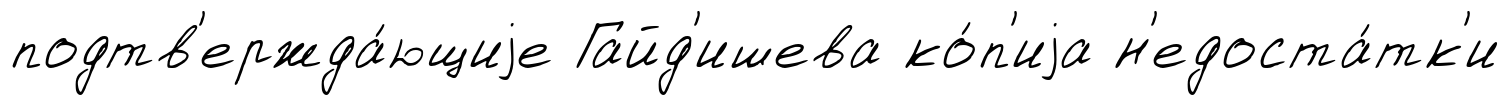
подтв'ержда́ющиjе Гайд'ишева ко́п'иjа н'едоста́тк'и